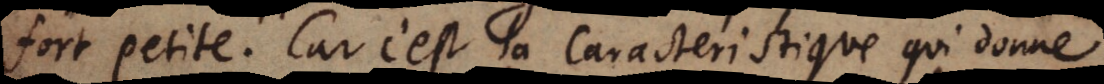
fort petite. Car c’est la Caracteristique qui donne